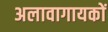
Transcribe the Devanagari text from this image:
अलावागायकों